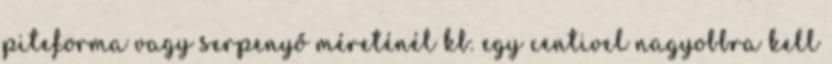
piteforma vagy serpenyő méreténél kb. egy centivel nagyobbra kell